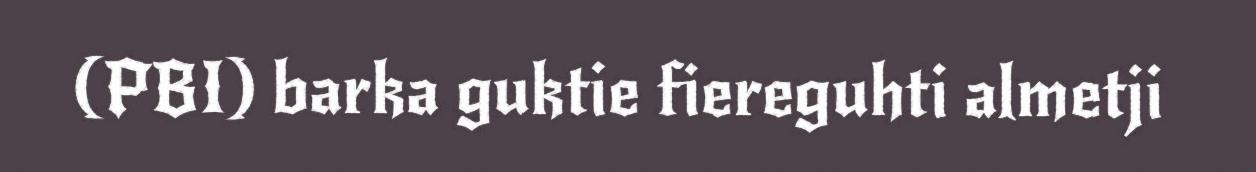
(PBI) barka guktie fiereguhti almetji